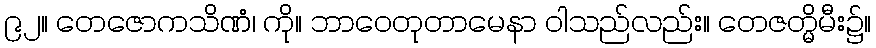
၉၂။ တေဇောကသိဏံ၊ ကို။ ဘာဝေတုတာမေနာ ဝါသည်လည်း။ တေဇတ္မိမီး၌။